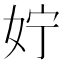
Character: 𪥰